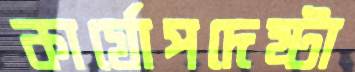
কার্যোপদেষ্টা